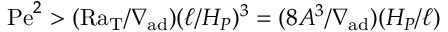
\mathrm { P e } ^ { 2 } > ( \mathrm { R a _ { T } } / \nabla _ { \mathrm { a d } } ) ( \ell / H _ { P } ) ^ { 3 } = ( 8 A ^ { 3 } / \nabla _ { \mathrm { a d } } ) ( H _ { P } / \ell )